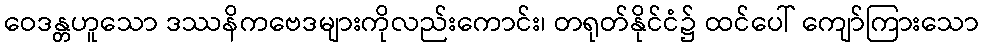
ဝေဒန္တဟူသော ဒဿနိကဗေဒများကိုလည်းကောင်း၊ တရုတ်နိုင်ငံ၌ ထင်ပေါ် ကျော်ကြားသော